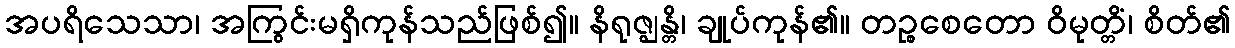
အပရိသေသာ၊ အကြွင်းမရှိကုန်သည်ဖြစ်၍။ နိရုဇ္ဈန္တိ၊ ချုပ်ကုန်၏။ တဉ္စစေတော ဝိမုတ္တိံ၊ စိတ်၏